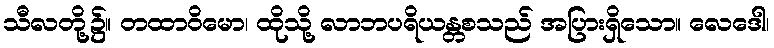
သီလတို့၌။ တထာဝိမော၊ ထိုသို့ လာဘပရိယန္တစသည် အပြားရှိသော။ လေဒေါ၊